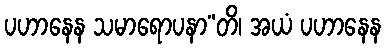
ပဟာနေန သမာရောပနာ”တိ၊ အယံ ပဟာနေန